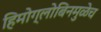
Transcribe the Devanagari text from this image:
हिमोग्लोबिनमुळेच